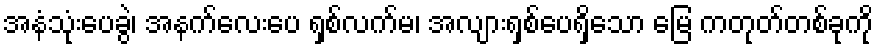
အနံသုံးပေခွဲ၊ အနက်လေးပေ ရှစ်လက်မ၊ အလျားရှစ်ပေရှိသော မြေ ကတုတ်တစ်ခုကို